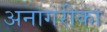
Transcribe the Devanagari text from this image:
अनागरीका